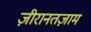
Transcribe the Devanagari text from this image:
ज़ीरानतज़ाम